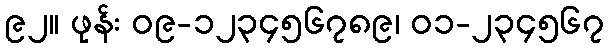
၉၂။ ဖုန်း ၀၉-၁၂၃၄၅၆၇၈၉၊ ၀၁-၂၃၄၅၆၇